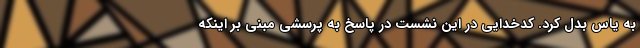
به یاس بدل کرد. کدخدایی در این نشست در پاسخ به پرسشی مبنی بر اینکه